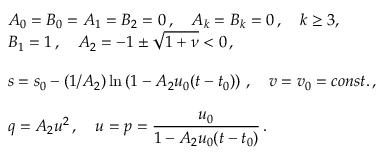
\begin{array} { l } { { A _ { 0 } = B _ { 0 } = A _ { 1 } = B _ { 2 } = 0 \, , \quad A _ { k } = B _ { k } = 0 \, , \quad k \geq 3 , } } \\ { { B _ { 1 } = 1 \, , \quad A _ { 2 } = - 1 \pm \sqrt { 1 + \nu } < 0 \, , } } \\ { { \mathrm { } } } \\ { { \displaystyle { s = s _ { 0 } - ( 1 / A _ { 2 } ) \ln \left( 1 - A _ { 2 } u _ { 0 } ( t - t _ { 0 } ) \right) \, , \quad v = v _ { 0 } = c o n s t . \, , } } } \\ { { \mathrm { } } } \\ { { \displaystyle { q = A _ { 2 } u ^ { 2 } \, , \quad u = p = \frac { u _ { 0 } } { 1 - A _ { 2 } u _ { 0 } ( t - t _ { 0 } ) } \, . } } } \end{array}